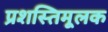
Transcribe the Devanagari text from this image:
प्रशस्तिमूलक